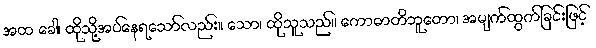
အထ ခေါ၊ ထိုသို့အပ်နေရသော်လည်း။ သော၊ ထိုသူသည်။ ကောဓာတိဘူတော၊ အမျက်ထွက်ခြင်းဖြင့်